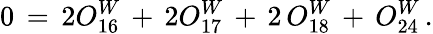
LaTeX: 0\, =\, 2O_{16}^{W}\, +\, 2O_{17}^{W}\, +\, 2\, O_{18}^{W}\, +\, O_{24}^{W}\, .